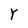
Character: Y